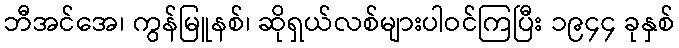
ဘီအင်အေ၊ ကွန်မြူနစ်၊ ဆိုရှယ်လစ်များပါဝင်ကြပြီး ၁၉၄၄ ခုနှစ်